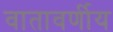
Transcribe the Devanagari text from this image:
वातावर्णीय